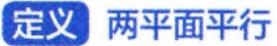
定义 两平面平行